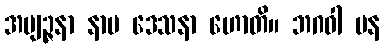
အဗျဉ္ဇနာ နာမ ဒေသနာ ဟောတိ။ ဘဂဝါ ပန